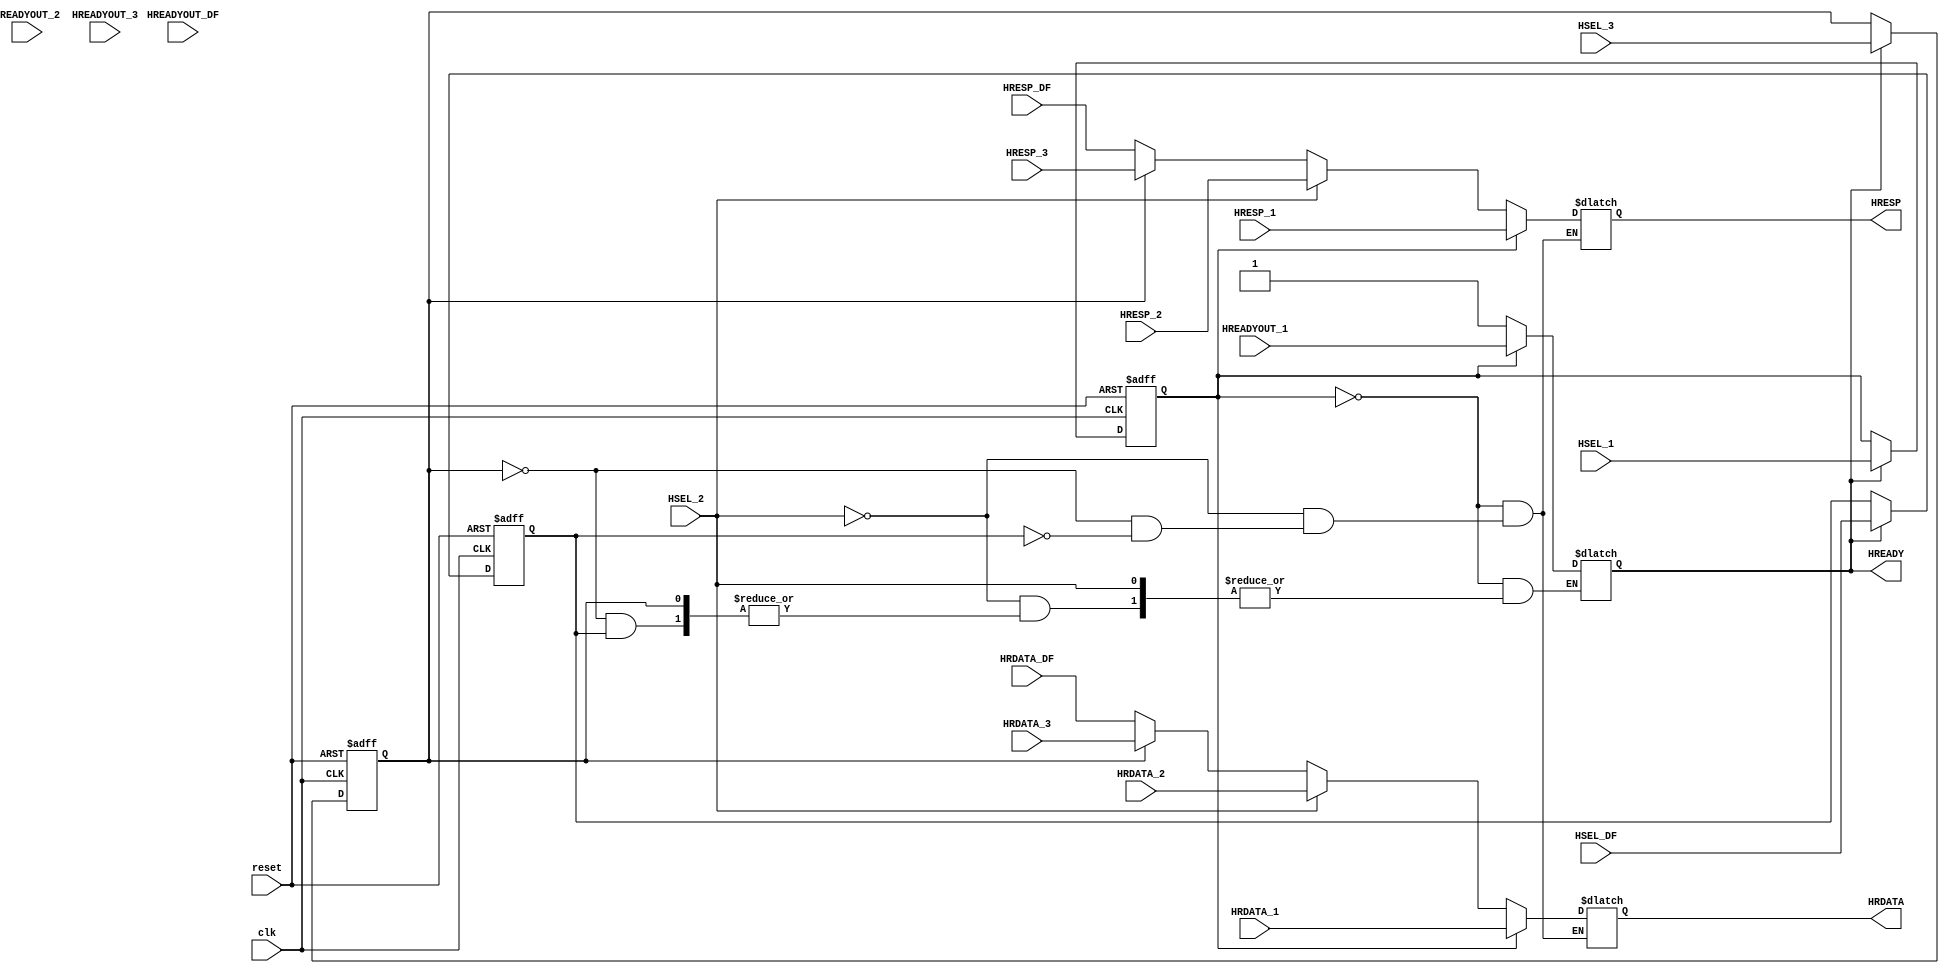

`timescale 1ns/1ns

module multiplexer(
    output reg [31:0] HRDATA,
	  output reg [0:0] HREADY, HRESP,
	  input [31:0] HRDATA_1,HRDATA_2,HRDATA_3,HRDATA_DF,
	  input clk,reset,HREADYOUT_1,HREADYOUT_2,HREADYOUT_3,HREADYOUT_DF,HRESP_1,HRESP_2,HRESP_3,HRESP_DF,
	  input  HSEL_1,HSEL_2,HSEL_3,HSEL_DF);

 reg [0:0]  HSEL_1n,HSEL_2n,HSEL_3n,HSEL_DFn, HREADY_internal;
 
always @ (posedge(clk), posedge(reset))
	begin
	if(reset==1) begin
	HSEL_1n<=0;
	HSEL_2n<=0;
	HSEL_3n<=0;
	HSEL_DFn<=0;
	end
	else begin
		if(HREADY)begin
			HSEL_1n<=HSEL_1;
			HSEL_2n<=HSEL_2;
			HSEL_3n<=HSEL_3;
			HSEL_DFn<=HSEL_DF;
		end
	
	  end
	
	end 
	
	
	
	always @(*)
	begin
		if(HSEL_1n)begin
			HRDATA<=HRDATA_1;
			HREADY<=HREADYOUT_1;
			HRESP<=HRESP_1;
			end
		else if(HSEL_2) begin
			HRDATA<=HRDATA_2;
			HREADY_internal<=HREADYOUT_2;
			HRESP<=HRESP_2;
	    end
		else if(HSEL_3n)begin 
			HRDATA<=HRDATA_3;
			HREADY_internal<=HREADYOUT_3;
			HRESP<=HRESP_3;
			end
		else if(HSEL_DFn)begin
			HRDATA<=HRDATA_DF;
			HREADY_internal<=HREADYOUT_DF;
			HRESP<=HRESP_DF;
			end
		else if(reset)begin
		
			HREADY<=1;
			end
		else begin
		  HREADY<=1;
		end 
		

   end
endmodule